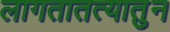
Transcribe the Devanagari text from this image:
लागतातत्यातुन